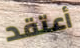
أعتقد